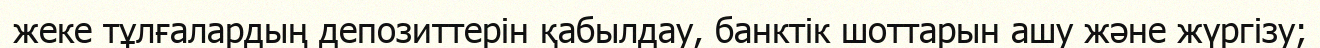
жеке тұлғалардың депозиттерін қабылдау, банктік шоттарын ашу және жүргізу;